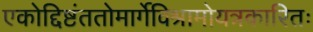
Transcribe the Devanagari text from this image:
एकोद्दिष्टंततोमार्गेविश्रामोयत्रकारितः